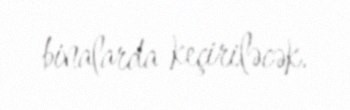
binalarda keçiriləcək.